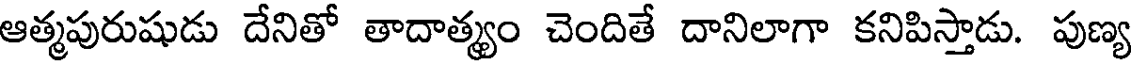
ఆత్మపురుషుడు దేనితో తాదాత్యం చెందితే దానిలాగా కనిపిస్తాడు. పుణ్య